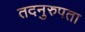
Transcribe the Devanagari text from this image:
तदनुरुपता